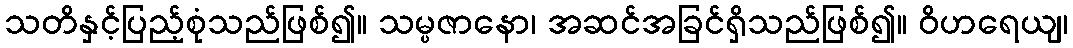
သတိနှင့်ပြည့်စုံသည်ဖြစ်၍။ သမ္ပဇာနော၊ အဆင်အခြင်ရှိသည်ဖြစ်၍။ ဝိဟရေယျ၊